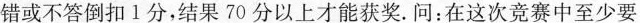
错或不答倒扣1分，结果70分以上才能获奖。问：在这次竞赛中至少要